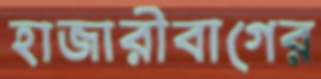
হাজারীবাগের